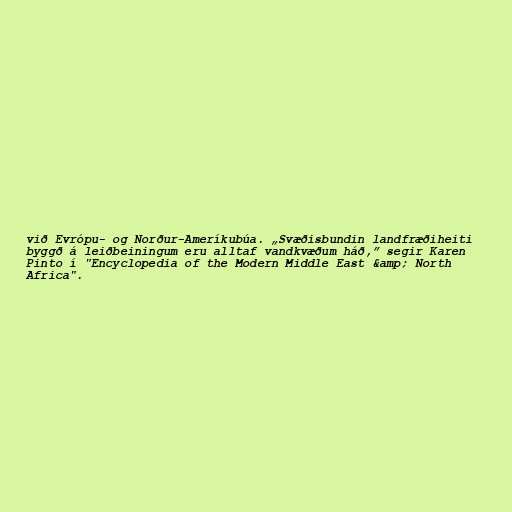
við Evrópu- og Norður-Ameríkubúa. „Svæðisbundin landfræðiheiti
byggð á leiðbeiningum eru alltaf vandkvæðum háð,” segir Karen
Pinto í "Encyclopedia of the Modern Middle East &amp; North
Africa".